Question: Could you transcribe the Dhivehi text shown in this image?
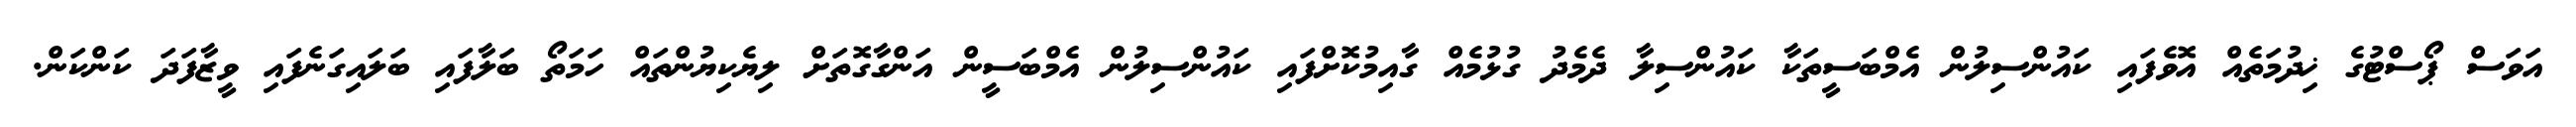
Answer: އަވަސް ޕޯސްޓުގެ ޚިދުމަތެއް އޮވެފައި ކައުންސިލުން އެމްބަސީތަކާ ކައުންސިލާ ދެމެދު ގުޅުމެއް ގާއިމުކޮށްފައި ކައުންސިލުން އެމްބަސީން އަންގާގޮތަށް ލިޔެކިޔުންތައް ހަމަތޯ ބަލާފައި ބަލައިގަނެފައި ވީޒާފަދަ ކަންކަން.